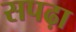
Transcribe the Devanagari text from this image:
सपढ़ा